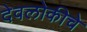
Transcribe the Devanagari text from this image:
देवलोकीचे